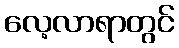
လေ့လာရာတွင်